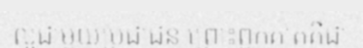
ល្អជាមួយប្រជាជន ព្រោះពួកគាត់គឺជា